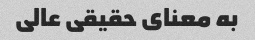
به معنای حقیقی عالی